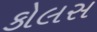
કોલસ